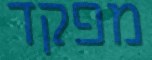
מפקד